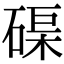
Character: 𥓼